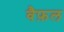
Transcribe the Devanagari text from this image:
वैफ़ल